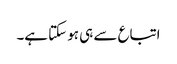
اتباع سے ہی ہو سکتا ہے۔